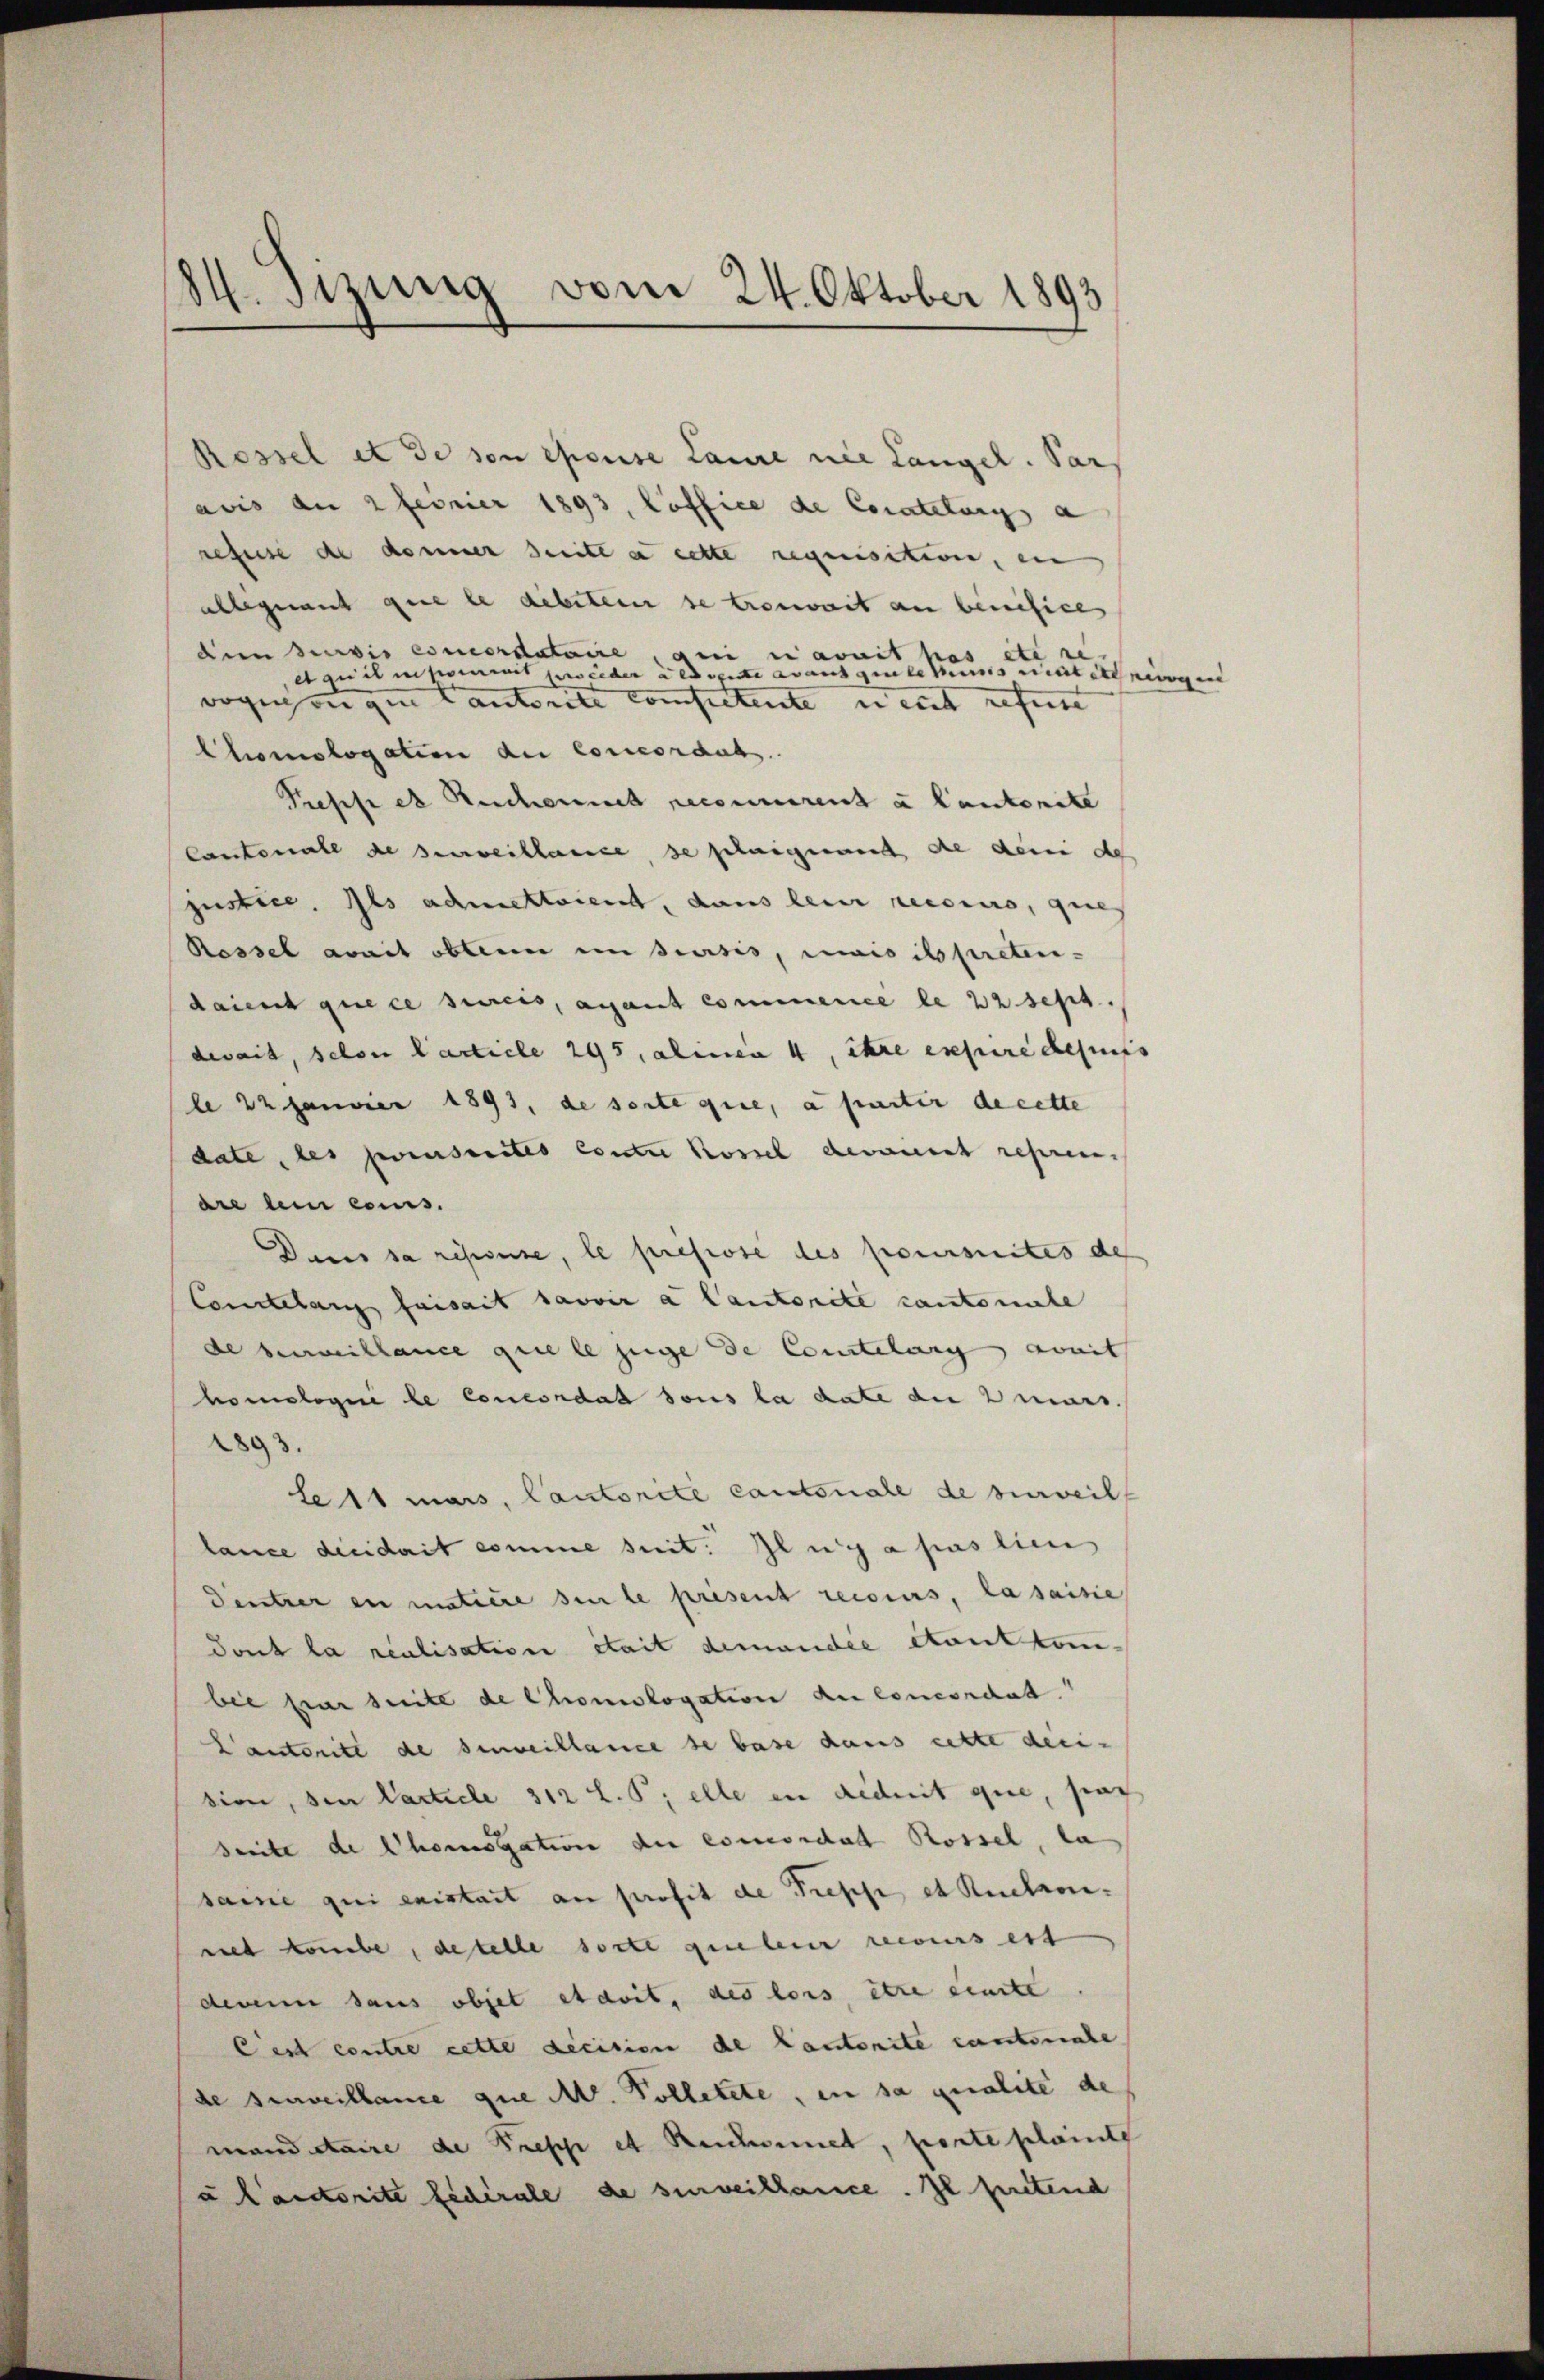
34. Sizung vom 24. Oktober 1893

Rossel et de son épouise Laure nie Langel. Pars
avis an 2 ferner 1893, loffice de Coratelung a
refuse de donner Seite a cette requisition, ein
alleginnt gene le debitein se trouvait an benefice
deen Servis concordataire ou avait pas etc
equis insommet gewieder aldigerte auf gelesenes nichtet hierigen
vogenangen Cantone competente in mit refert
Chomologation der Concordats
Presse et Reichert reconnerent a lautenite
Cantonale de surveillance, se schaignant die den de
justice, Ils admettaient, dans leur recours, que
Rossel avait obten in seisis, mais ibpretendaient que ce streis, avant commence le 22 Sept.
devait, selon Carticle 295, alien 4, itere expure depuiss
le 22 Janvier 1891, de sorte que, a partir de cette
date, des preuserites conter Rossel devant repren
dre dein Cons.
Dacis sa répouse, le presse des poursuites des
Comtelang faisait savoir a Cantonike cantonale
de bewillance quele zeige de Courtelang avait
homologie le Concondat sous la date der 2 mars.
1893.
le 11 mais, Cantorite cantonale de hinweil
lance dieidait comme suit: Iluy a pas lien
Dentrer in matière sei le present recours, la saisie
Tout la realisation était demandie etont ton-
bie hier suite de Chomologation du concorchat.
Cantorité de surveillance se base dans cette deci-
sion, den Particle 312 L. P; elle in dedit que, sag
Seite de Chomogation der concordat Rossel, da
same qui existait an profit de Treppe et Ruchroniniet konnte, daselle sorte gebene recours ert
denen sans objet et doit, des lois être einste
Cest contre cette decision de Cantonite cantonale
de surveillance que M. Polletete, in sa qualite de
mandataire de Treppe et Reichnet, porte plainte
u Cantorite federale de surveillance. Il pretend